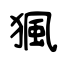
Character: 猦